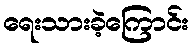
ရေးသားခဲ့ကြောင်း